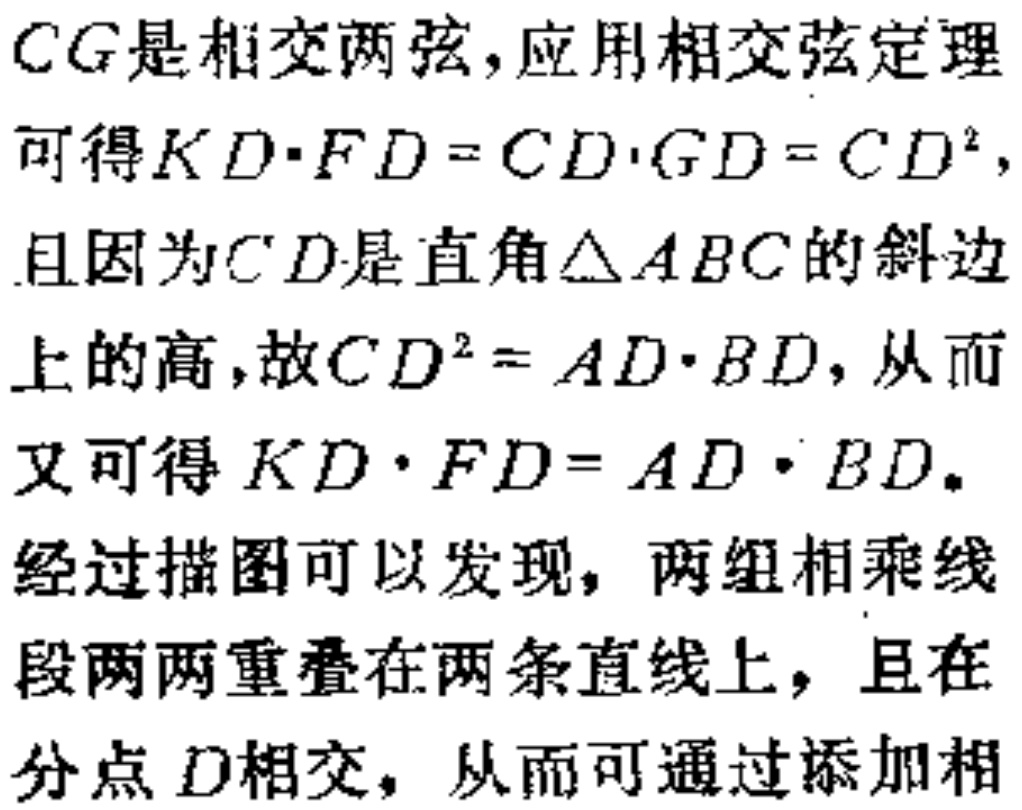
$CG是相交两弦,应用相交弦定理
可得KD\cdot FD = CD\cdot GD = CD^{2},
且因为CD是直角\triangle ABC的斜边
上的高,故CD^{2} = AD\cdot BD,从而
又可得KD\cdot FD = AD\cdot BD。
经过描图可以发现, 两组相乘线
段两两重叠在两条直线上, 且在
分点D相交, 从而可通过添加相$